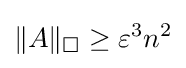
\|A\|_{\square }\geq \varepsilon ^{3}n^{2}